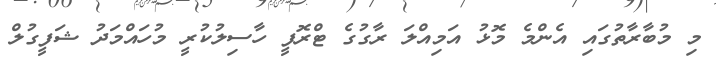
މި މުބާރާތުގައި އެންމެ މޮޅު އަމިއްލަ ރާގުގެ ޓްރޮފީ ހާސިލުކުރީ މުހައްމަދު ޝަފީގުލް